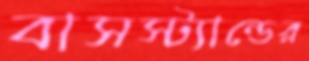
বাসস্ট্যান্ডের